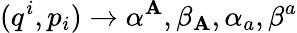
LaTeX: (q^{i},p_{i})\rightarrow\alpha^{\mathbf{A}},\beta_{\mathbf{A}},\alpha_{a},\beta^{a}